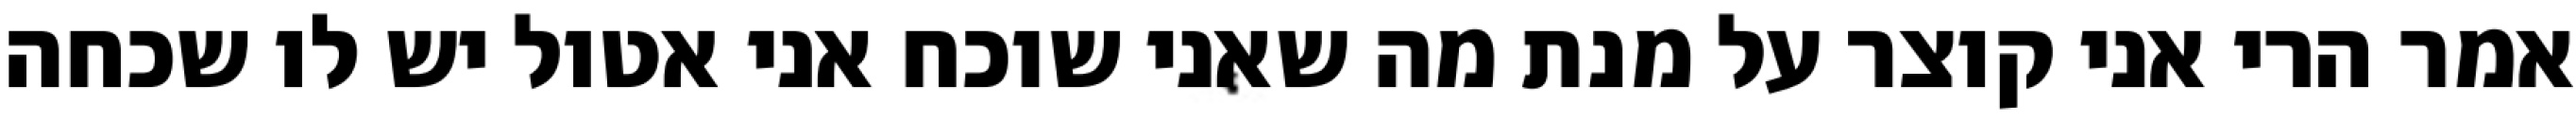
אמר הרי אני קוצר על מנת מה שאני שוכח אני אטול יש לו שכחה